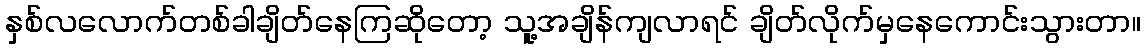
နှစ်လလောက်တစ်ခါချိတ်နေကြဆိုတော့ သူ့အချိန်ကျလာရင် ချိတ်လိုက်မှနေကောင်းသွားတာ။